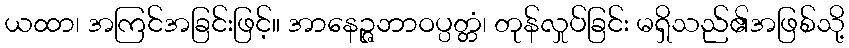
ယထာ၊ အကြင်အခြင်းဖြင့်။ အာနေဉ္ဇဘာဝပ္ပတ္တံ၊ တုန်လှုပ်ခြင်း မရှိသည်၏အဖြစ်သို့